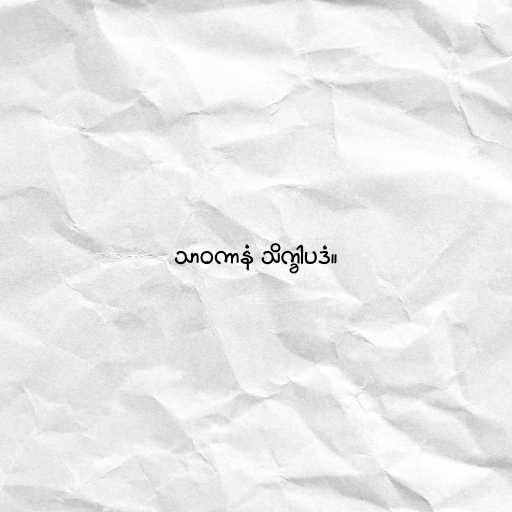
သာဝကာနံ သိက္ခါပဒံ။